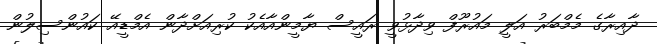
ދާއިރާގެ މެމްބަރު އަލީ މައުރޫފް ވިދާޅުވީ ރައީސް ޔާމީންއާއެކު ކުރިއަށްދާން އެމްޑީއޭ ކައުންސިލުން